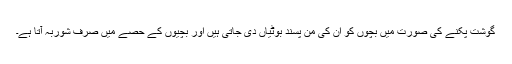
گوشت پکنے کی صورت میں بچوں کو ان کی من پسند بوٹیاں دی جاتی ہیں اور بچیوں کے حصے میں صرف شوربہ آتا ہے۔